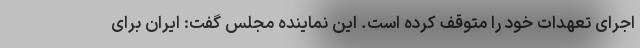
اجرای تعهدات خود را متوقف کرده است. این نماینده مجلس گفت: ایران برای